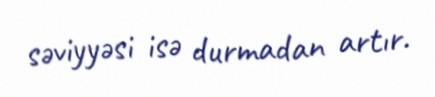
səviyyəsi isə durmadan artır.